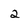
Character: 2